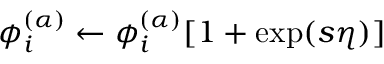
\phi _ { i } ^ { ( \alpha ) } \leftarrow \phi _ { i } ^ { ( \alpha ) } [ 1 + \exp ( s \eta ) ]